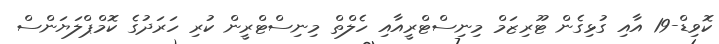
ކޮވިޑް-19 އާއި ގުޅިގެން ޓޫރިޒަމް މިނިސްޓްރީއާއި ހެލްތް މިނިސްޓްރީން ކުރި ހަރަދުގެ ކޮމްޕްލަޔަންސް